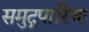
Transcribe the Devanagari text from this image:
समुद्रपारिया